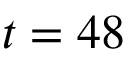
t = 4 8